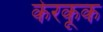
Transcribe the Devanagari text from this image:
केरकूक